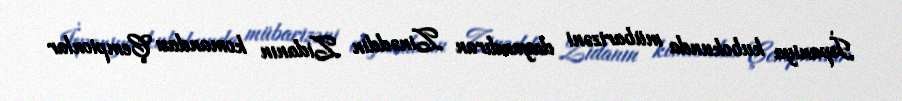
İspaniya kubokunda mübarizəni dayandıran Zinəddin Zidanın komandası Çempionlar